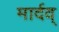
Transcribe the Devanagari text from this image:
मार्दव्